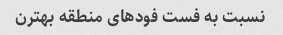
نسبت به فست فود‌های منطقه بهترن